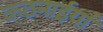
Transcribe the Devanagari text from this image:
कठनाईयाँ